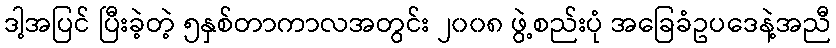
ဒါ့အပြင် ပြီးခဲ့တဲ့ ၅နှစ်တာကာလအတွင်း ၂၀၀၈ ဖွဲ့စည်းပုံ အခြေခံဥပဒေနဲ့အညီ